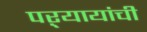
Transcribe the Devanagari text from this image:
पऱ्यायांची